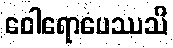
ဝေါရောပေဿသိ